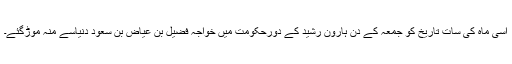
اسی ماہ کی سات تاریخ کو جمعہ کے دن ہارون رشید کے دورحکومت میں خواجہ فضیل بن عیاض بن سعود دنیاسے منہ موڑگئے۔